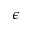
\epsilon